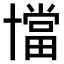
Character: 𠧁